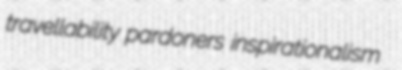
travellability pardoners inspirationalism